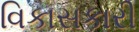
વિકાસકારી